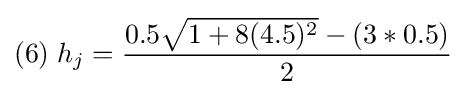
(6)\;h_{j}={\frac {0.5{\sqrt {1+8(4.5)^{2}}}-(3*0.5)}{2}}